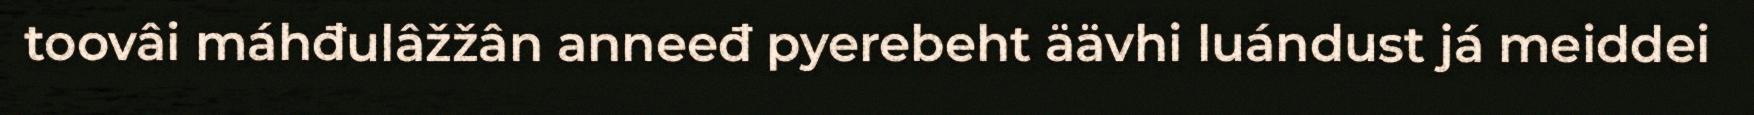
toovâi máhđulâžžân anneeđ pyerebeht äävhi luándust já meiddei